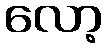
လော့